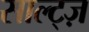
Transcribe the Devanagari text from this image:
साल्ट्ज़